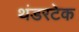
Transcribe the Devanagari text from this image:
थंडरटेक